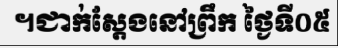
។ជាក់ស្តែងនៅព្រឹក ថ្ងៃទី០៥